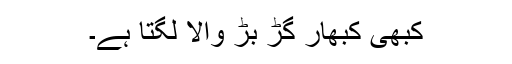
کبھی کبھار گڑ بڑ والا لگتا ہے۔